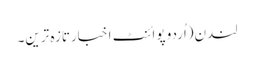
لندن(اُردو پوائنٹ اخبارتازہ ترین۔